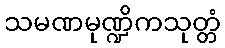
သမဏမုဏ္ဍိကသုတ္တံ